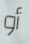
أو